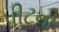
પીટની